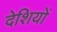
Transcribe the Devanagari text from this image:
देशियों